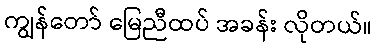
ကျွန်တော် မြေညီထပ် အခန်း လိုတယ်။